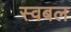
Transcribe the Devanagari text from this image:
स्वबल